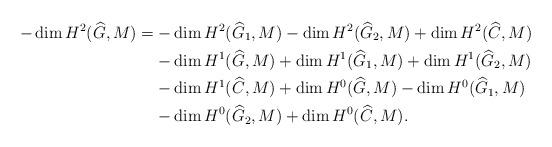
LaTeX: \begin{align*}-\dim H^2(\widehat{G},M)=&-\dim H^2(\widehat{G}_1,M)-\dim H^2(\widehat{G}_2,M)+\dim H^2(\widehat{C},M)\\ & -\dim H^1(\widehat{G},M) +\dim H^1(\widehat{G}_1,M)+\dim H^1(\widehat{G}_2,M)\\ & -\dim H^1(\widehat{C},M)+\dim H^0(\widehat{G},M)-\dim H^0(\widehat{G}_1,M)\\ & -\dim H^0(\widehat{G}_2,M)+\dim H^0(\widehat{C},M).\end{align*}